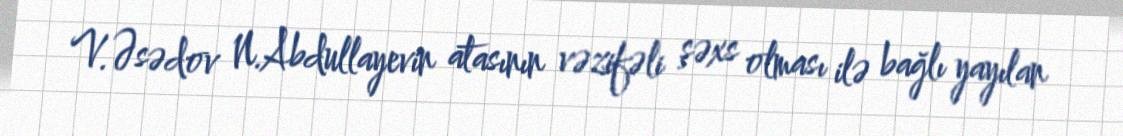
V.Əsədov N.Abdullayevin atasının vəzifəli şəxs olması ilə bağlı yayılan